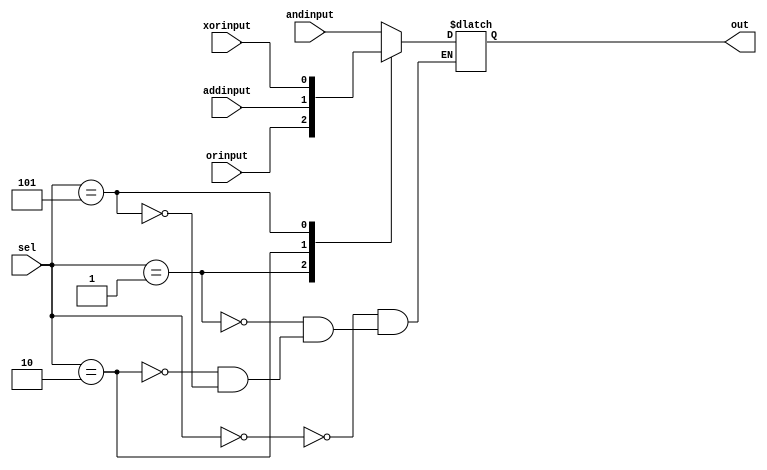
`timescale 1ns / 1ps
//////////////////////////////////////////////////////////////////////////////////
// Company: 
// Engineer: 
// 
// Design Name: 
// Module Name: mux4in1
// Project Name: 
// Target Devices: 
// Tool Versions: 
// Description: 
// 
// Dependencies: 
// 
// Revision:
// Revision 0.01 - File Created
// Additional Comments:
// 
//////////////////////////////////////////////////////////////////////////////////

module mux8in1(
       input andinput,
       input orinput,
       input addinput,
       input xorinput,
       input [2:0] sel,
       output reg out
    );

    always @* begin
    case(sel)
        3'b000: out = andinput;
        3'b001: out = orinput;
        3'b010: out = addinput;
        3'b101: out = xorinput; 
    endcase
    end
    
  // assign out = sel[2] ? ((sel[1] ? (sel[0] ?   eight : seven ):(sel[0] ? six   : xorinput))):((sel[1] ? (sel[0] ? lessinput : addinput ):(sel[0] ? orinput : andinput)));
endmodule